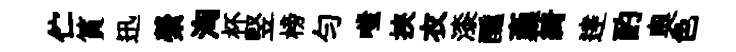
伫篔迅縈洶杯竪榜匀嗤挾衣漆醺稾綺逹酌奧色